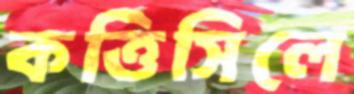
কত্তিসিলে